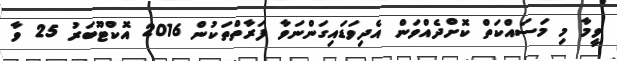
ވީމާ މި މަސައްކަތް ކޮށްދެއްވަން އެދިވަޑައިގަންނަވާ ފަރާތްތަކުން 2016 އޮކްޓޫބަރު 25 ވާ